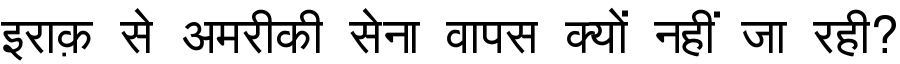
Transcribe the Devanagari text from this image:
इराक़ से अमरीकी सेना वापस क्यों नहीं जा रही?